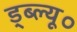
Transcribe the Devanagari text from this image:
ड्ब्ल्यू०